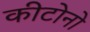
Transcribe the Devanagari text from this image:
कीटोनो